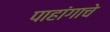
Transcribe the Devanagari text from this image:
पाहांगाचे